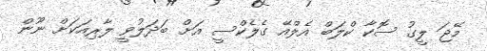
މޭޖަ ލީގު ސޮކާ ކްލަބް އެލްއޭ ގެލެކްސީ އަށް ބަދަލުވީ ލާރިއަކަށް ނޫން